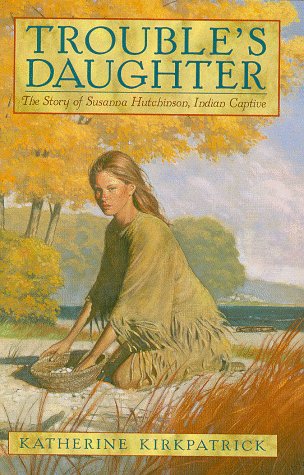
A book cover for Trouble's Daughter; Katherine Kirkpatrick; Teen & Young Adult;